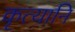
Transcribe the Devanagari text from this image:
कृत्यानि